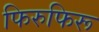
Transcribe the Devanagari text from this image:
फिरुफिरू